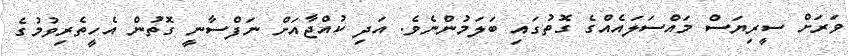
ވަރަށް ސީރިޔަސް މައްސަލައެއްގެ ގޮތުގައި ބަލަމުންނެވެ. އަދި ކުއްޖާއަށް ނަފްސާނީ ގޮތުން އެހީތެރިވުމުގެ